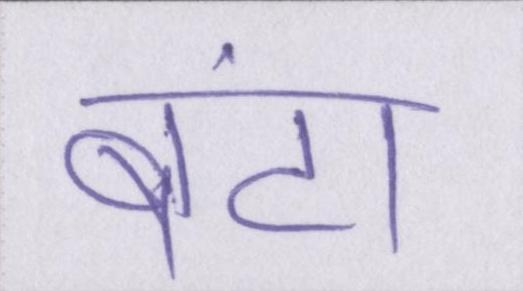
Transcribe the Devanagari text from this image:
बंटा